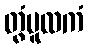
တွံမူလကံ